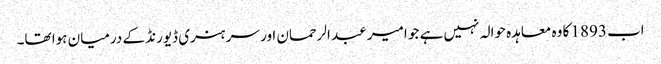
اب 1893 کا وہ معاہدہ حوالہ نہیں ہے جو امیر عبد الرحمان اور سر ہنری ڈیورنڈ کے درمیان ہوا تھا۔